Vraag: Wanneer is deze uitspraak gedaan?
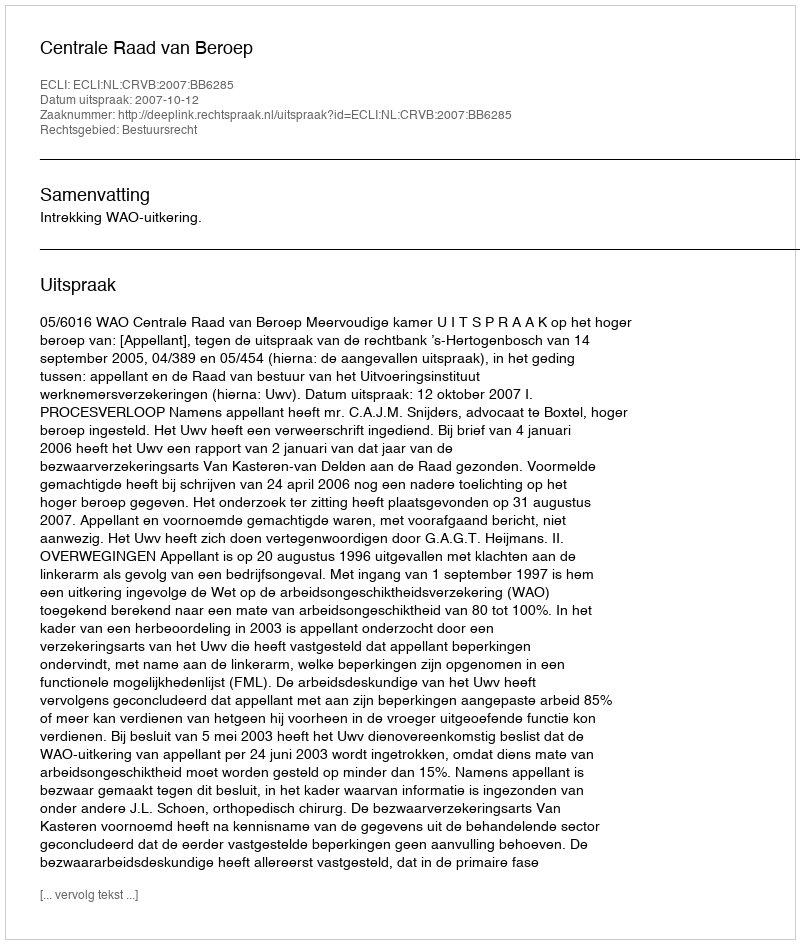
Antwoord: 2007-10-12